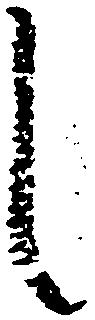
し